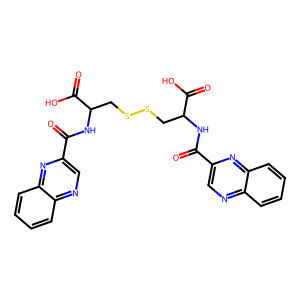
SMILES: O=C(NC(CSSCC(NC(=O)c1cnc2ccccc2n1)C(=O)O)C(=O)O)c1cnc2ccccc2n1
Inhibits HIV replication: No